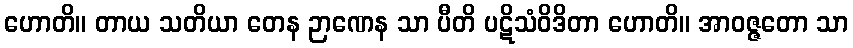
ဟောတိ။ တာယ သတိယာ တေန ဉာဏေန သာ ပီတိ ပဋိသံဝိဒိတာ ဟောတိ။ အာဝဇ္ဇတော သာ